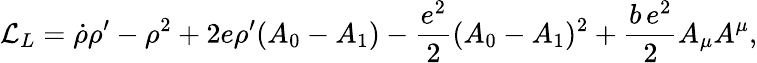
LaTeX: {\cal L}_{L}=\dot{\rho}\rho^{\prime}-\rho^{2}+2e\rho^{\prime}(A_{0}-A_{1})-{\frac{e^{2}}{2}}(A_{0}-A_{1})^{2}+\frac{b\, e^{2}}{2}A_{\mu}A^{\mu},